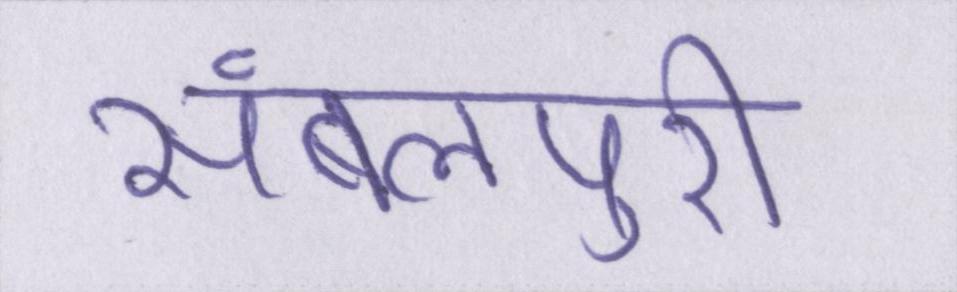
संबलपुरी